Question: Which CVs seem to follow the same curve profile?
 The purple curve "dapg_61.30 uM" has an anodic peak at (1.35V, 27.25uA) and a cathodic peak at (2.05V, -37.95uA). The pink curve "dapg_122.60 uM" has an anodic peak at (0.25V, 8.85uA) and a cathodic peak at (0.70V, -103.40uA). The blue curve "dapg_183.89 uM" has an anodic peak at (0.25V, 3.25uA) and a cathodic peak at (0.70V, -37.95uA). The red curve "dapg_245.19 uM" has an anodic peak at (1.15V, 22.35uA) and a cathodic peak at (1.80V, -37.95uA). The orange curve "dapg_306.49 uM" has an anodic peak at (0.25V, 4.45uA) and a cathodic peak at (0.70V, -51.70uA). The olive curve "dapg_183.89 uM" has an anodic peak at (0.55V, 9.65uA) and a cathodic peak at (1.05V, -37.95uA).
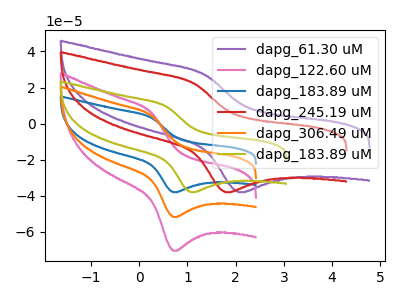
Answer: <think>"dapg_61.30 uM" and "dapg_122.60 uM" have at least one peak that do not match. "dapg_61.30 uM" and "dapg_183.89 uM" have at least one peak that do not match. "dapg_61.30 uM" and "dapg_245.19 uM" have at least one peak that do not match. "dapg_61.30 uM" and "dapg_306.49 uM" have at least one peak that do not match. "dapg_61.30 uM" and "dapg_183.89 uM" have at least one peak that do not match. All the peaks in "dapg_122.60 uM" have a peak in "dapg_183.89 uM" at the same potential. Every peak in "dapg_122.60 uM" is higher than every peak in "dapg_183.89 uM". "dapg_122.60 uM" and "dapg_245.19 uM" have at least one peak that do not match. All the peaks in "dapg_122.60 uM" have a peak in "dapg_306.49 uM" at the same potential. Every peak in "dapg_122.60 uM" is higher than every peak in "dapg_306.49 uM". "dapg_122.60 uM" and "dapg_183.89 uM" have at least one peak that do not match. "dapg_183.89 uM" and "dapg_245.19 uM" have at least one peak that do not match. All the peaks in "dapg_183.89 uM" have a peak in "dapg_306.49 uM" at the same potential. Every peak in "dapg_183.89 uM" is lower than every peak in "dapg_306.49 uM". "dapg_183.89 uM" and "dapg_183.89 uM" have at least one peak that do not match. "dapg_245.19 uM" and "dapg_306.49 uM" have at least one peak that do not match. "dapg_245.19 uM" and "dapg_183.89 uM" have at least one peak that do not match. "dapg_306.49 uM" and "dapg_183.89 uM" have at least one peak that do not match.
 </think>
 <answer>"dapg_183.89 uM", "dapg_122.60 uM" and "dapg_306.49 uM" have the same shape and are likely CV's of the same chemical.</answer>
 <eval>"dapg_183.89 uM" "dapg_122.60 uM" "dapg_306.49 uM"</eval>